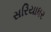
સરિયાધર